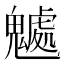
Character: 𩴘